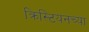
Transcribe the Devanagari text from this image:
क्रिस्टियनच्या